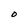
Character: O